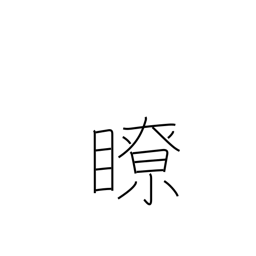
Meaning: clear